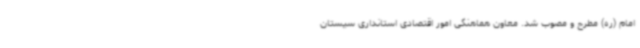
امام (ره) مطرح و مصوب شد. معاون هماهنگی امور اقتصادی استانداری سیستان